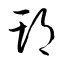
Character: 朞